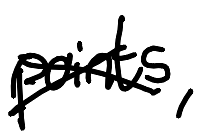
Text: points,
Cross-out: cross
Writing tool: digital_black